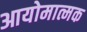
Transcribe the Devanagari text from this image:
आयोमात्मक